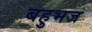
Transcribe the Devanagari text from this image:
बहुभज